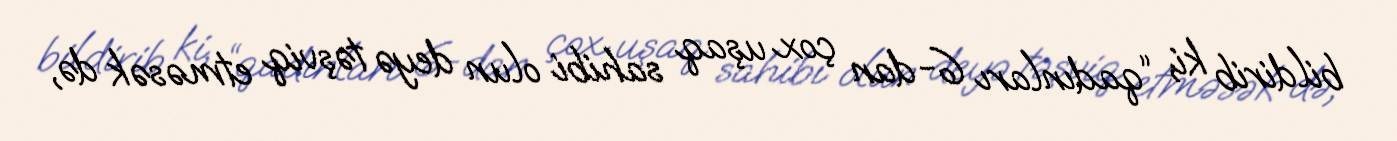
bildirib ki, “qadınları 6-dan çox uşaq sahibi olun deyə təşviq etməsək də,